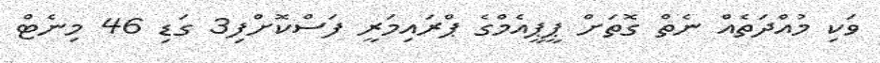
ވަކި މުއްދަތެއް ނެތް ގޮތަށް ޕީޕީއެމްގެ ޕްރައިމަރީ ފަސްކޮށްފި3 ގަޑި 46 މިނެޓް